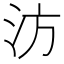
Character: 汸